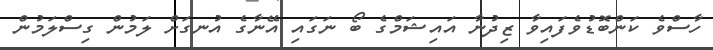
ހާސްވެ ކަންބޮޑުވެފައިވާ ޒިދުނާ އައިޝަމްގެ ބޯ ނަގައި އޭނާގެ އުނގަށް ލަމުން ގިސްލަމުން